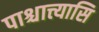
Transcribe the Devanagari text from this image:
पाश्चात्त्यासि